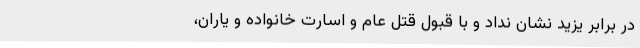
در برابر یزید نشان نداد و با قبول قتل عام و اسارت خانواده و یاران،